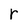
Character: r